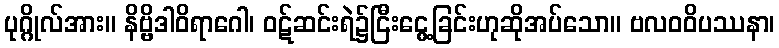
ပုဂ္ဂိုလ်အား။ နိဗ္ဗိဒါဝိရာဂေါ၊ ဝဋ်ဆင်းရဲ၌ငြီးငွေ့ခြင်းဟုဆိုအပ်သော။ ဗလဝဝိပဿနာ၊